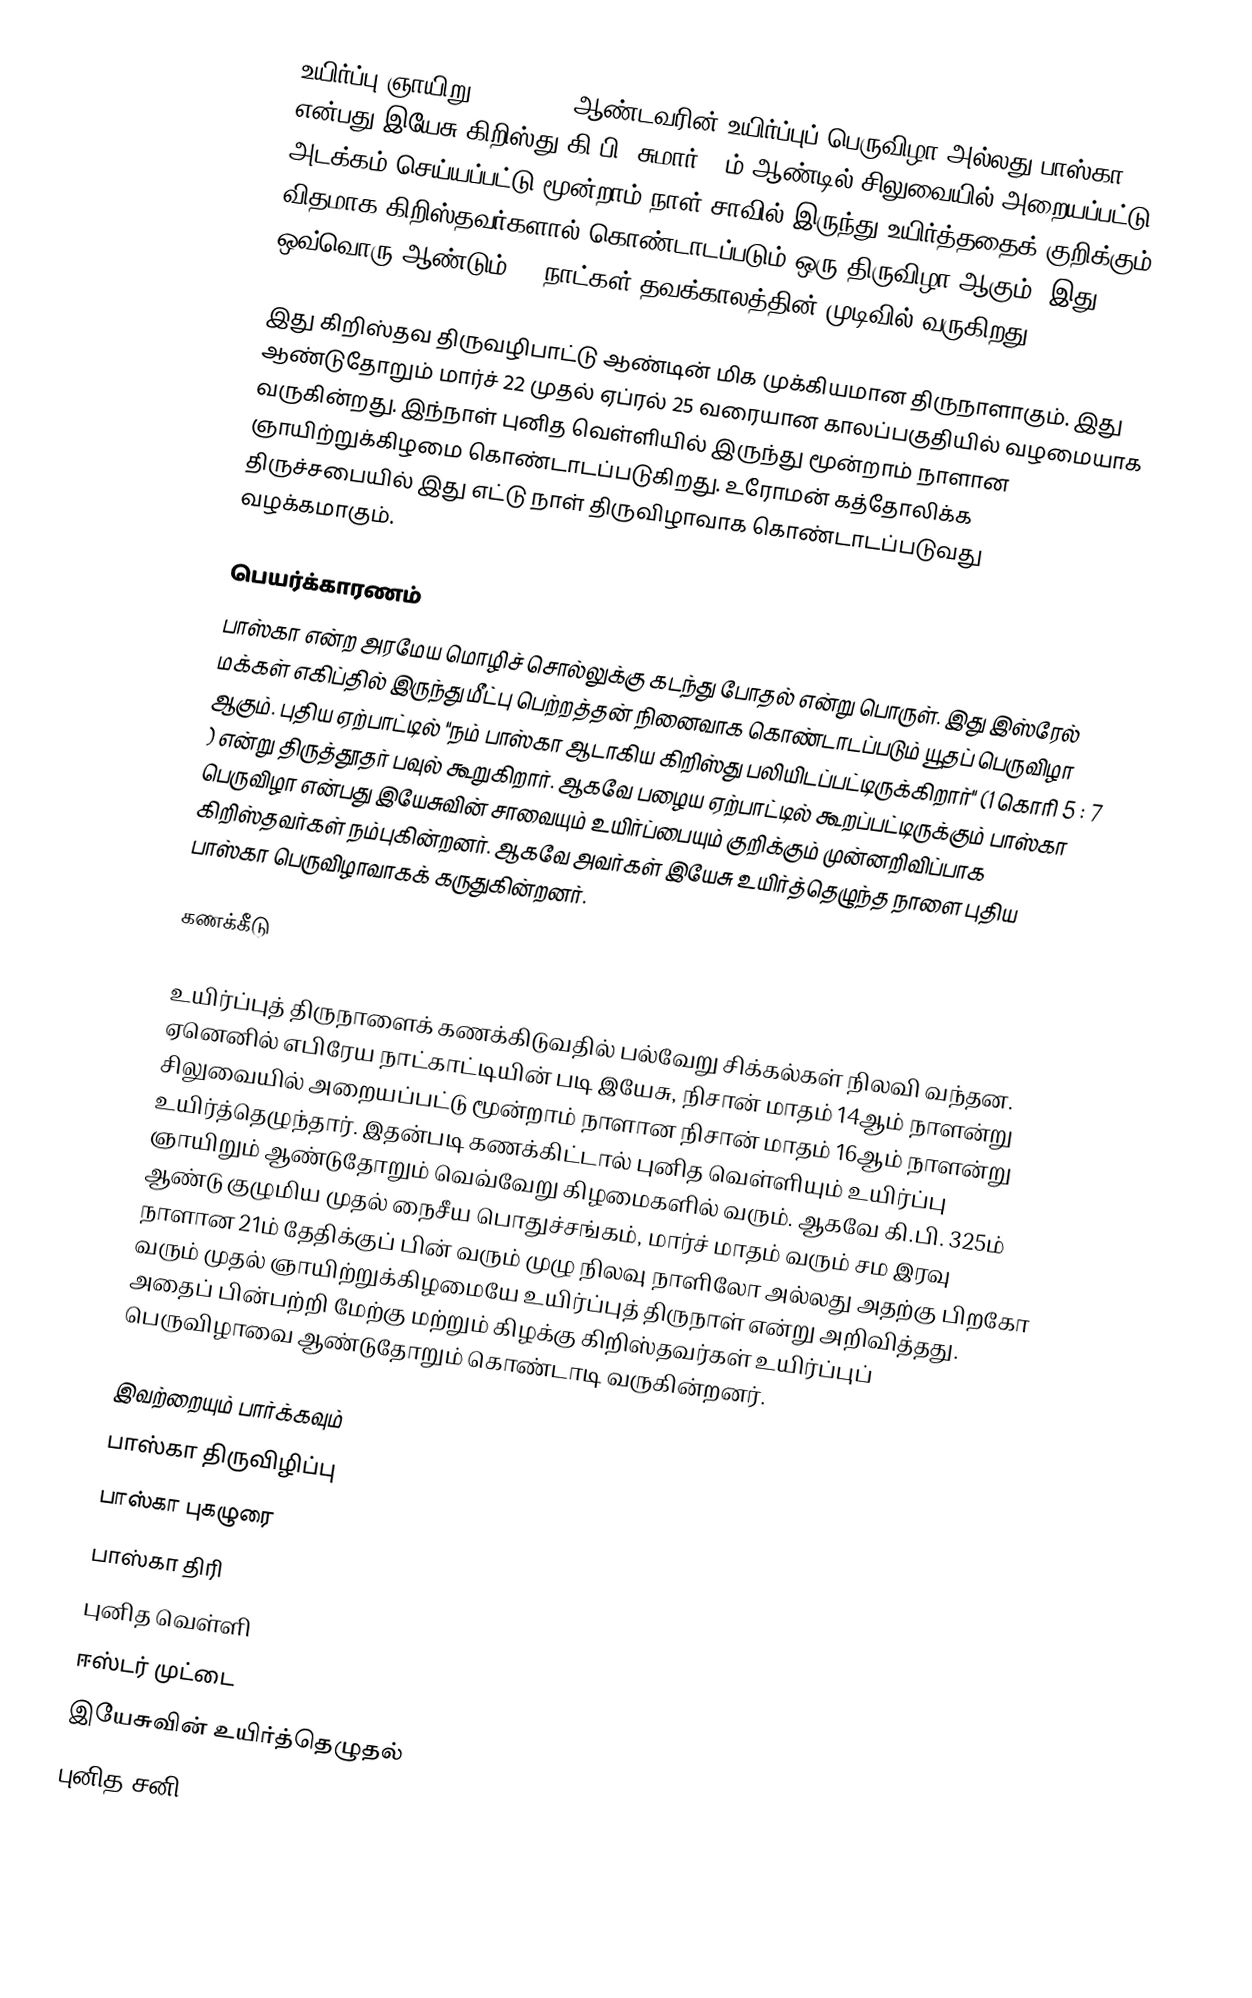
உயிர்ப்பு ஞாயிறு (Easter), ஆண்டவரின் உயிர்ப்புப் பெருவிழா அல்லது பாஸ்கா என்பது இயேசு கிறிஸ்து கி.பி. சுமார் 33ம் ஆண்டில் சிலுவையில் அறையப்பட்டு அடக்கம் செய்யப்பட்டு மூன்றாம் நாள் சாவில் இருந்து உயிர்த்ததைக் குறிக்கும் விதமாக கிறிஸ்தவர்களால் கொண்டாடப்படும் ஒரு திருவிழா ஆகும். இது ஒவ்வொரு ஆண்டும் 40 நாட்கள் தவக்காலத்தின் முடிவில் வருகிறது.

இது கிறிஸ்தவ திருவழிபாட்டு ஆண்டின் மிக முக்கியமான திருநாளாகும். இது ஆண்டுதோறும் மார்ச் 22 முதல் ஏப்ரல் 25 வரையான காலப்பகுதியில் வழமையாக வருகின்றது. இந்நாள் புனித வெள்ளியில் இருந்து மூன்றாம் நாளான ஞாயிற்றுக்கிழமை கொண்டாடப்படுகிறது. உரோமன் கத்தோலிக்க திருச்சபையில் இது எட்டு நாள் திருவிழாவாக கொண்டாடப்படுவது வழக்கமாகும்.

பெயர்க்காரணம்
பாஸ்கா என்ற அரமேய மொழிச் சொல்லுக்கு கடந்து போதல் என்று பொருள். இது இஸ்ரேல் மக்கள் எகிப்தில் இருந்து மீட்பு பெற்றத்தன் நினைவாக கொண்டாடப்படும் யூதப் பெருவிழா ஆகும். புதிய ஏற்பாட்டில் "நம் பாஸ்கா ஆடாகிய கிறிஸ்து பலியிடப்பட்டிருக்கிறார்" (1 கொரி 5 : 7 ) என்று திருத்தூதர் பவுல் கூறுகிறார். ஆகவே பழைய ஏற்பாட்டில் கூறப்பட்டிருக்கும் பாஸ்கா பெருவிழா என்பது இயேசுவின் சாவையும் உயிர்ப்பையும் குறிக்கும் முன்னறிவிப்பாக கிறிஸ்தவர்கள் நம்புகின்றனர். ஆகவே அவர்கள் இயேசு உயிர்த்தெழுந்த நாளை புதிய பாஸ்கா பெருவிழாவாகக் கருதுகின்றனர்.

கணக்கீடு

உயிர்ப்புத் திருநாளைக் கணக்கிடுவதில் பல்வேறு சிக்கல்கள் நிலவி வந்தன. ஏனெனில் எபிரேய நாட்காட்டியின் படி இயேசு, நிசான் மாதம் 14ஆம் நாளன்று சிலுவையில் அறையப்பட்டு மூன்றாம் நாளான நிசான் மாதம் 16ஆம் நாளன்று  உயிர்த்தெழுந்தார். இதன்படி கணக்கிட்டால் புனித வெள்ளியும் உயிர்ப்பு ஞாயிறும் ஆண்டுதோறும் வெவ்வேறு கிழமைகளில் வரும். ஆகவே கி.பி. 325ம் ஆண்டு குழுமிய முதல் நைசீய பொதுச்சங்கம், மார்ச் மாதம் வரும் சம இரவு நாளான 21ம் தேதிக்குப் பின் வரும் முழு நிலவு நாளிலோ அல்லது அதற்கு பிறகோ வரும் முதல் ஞாயிற்றுக்கிழமையே உயிர்ப்புத் திருநாள் என்று அறிவித்தது.  அதைப் பின்பற்றி மேற்கு மற்றும் கிழக்கு கிறிஸ்தவர்கள் உயிர்ப்புப் பெருவிழாவை ஆண்டுதோறும் கொண்டாடி வருகின்றனர்.

இவற்றையும் பார்க்கவும்
 பாஸ்கா திருவிழிப்பு
 பாஸ்கா புகழுரை
 பாஸ்கா திரி
 புனித வெள்ளி
 ஈஸ்டர் முட்டை
 இயேசுவின் உயிர்த்தெழுதல்
 புனித சனி